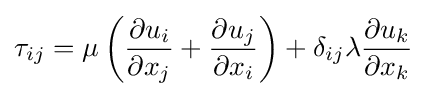
\tau _{ij}=\mu \left({\frac {\partial u_{i}}{\partial x_{j}}}+{\frac {\partial u_{j}}{\partial x_{i}}}\right)+\delta _{ij}\lambda {\frac {\partial u_{k}}{\partial x_{k}}}